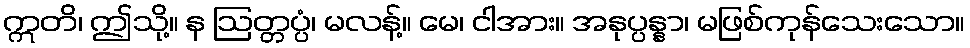
ဣတိ၊ ဤသို့။ န ဩတ္တပ္ပံ၊ မလန့်။ မေ၊ ငါအား။ အနုပ္ပန္နာ၊ မဖြစ်ကုန်သေးသော။